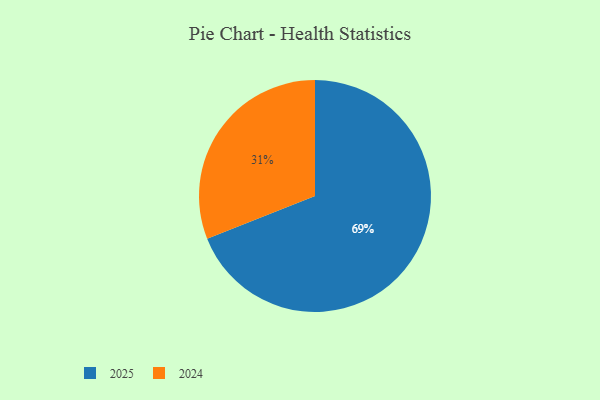
{"axis": {"x": "Category", "y": "Percentage"}, "legend": ["2024", "2025"], "data": [{"x": "2024", "y": 31, "type": "2024"}, {"x": "2025", "y": 69, "type": "2025"}]}